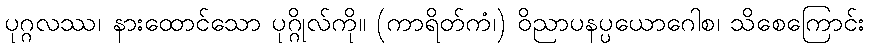
ပုဂ္ဂလဿ၊ နားထောင်သော ပုဂ္ဂိုလ်ကို။ (ကာရိတ်ကံ၊) ဝိညာပနပ္ပယောဂေါစ၊ သိစေကြောင်း